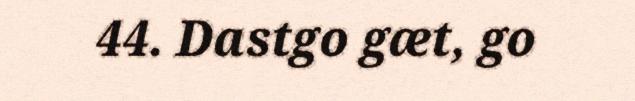
44. Dastgo gæt, go